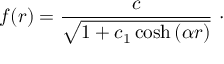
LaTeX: f ( r ) = \frac { c } { \sqrt { 1 + c _ { 1 } \cosh \left( \alpha r \right) } } \ \cdot